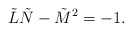
\begin{align*}\tilde{L}\tilde{N}-\tilde{M}^2=-1.\end{align*}